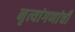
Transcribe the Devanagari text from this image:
नृत्यांगणांची